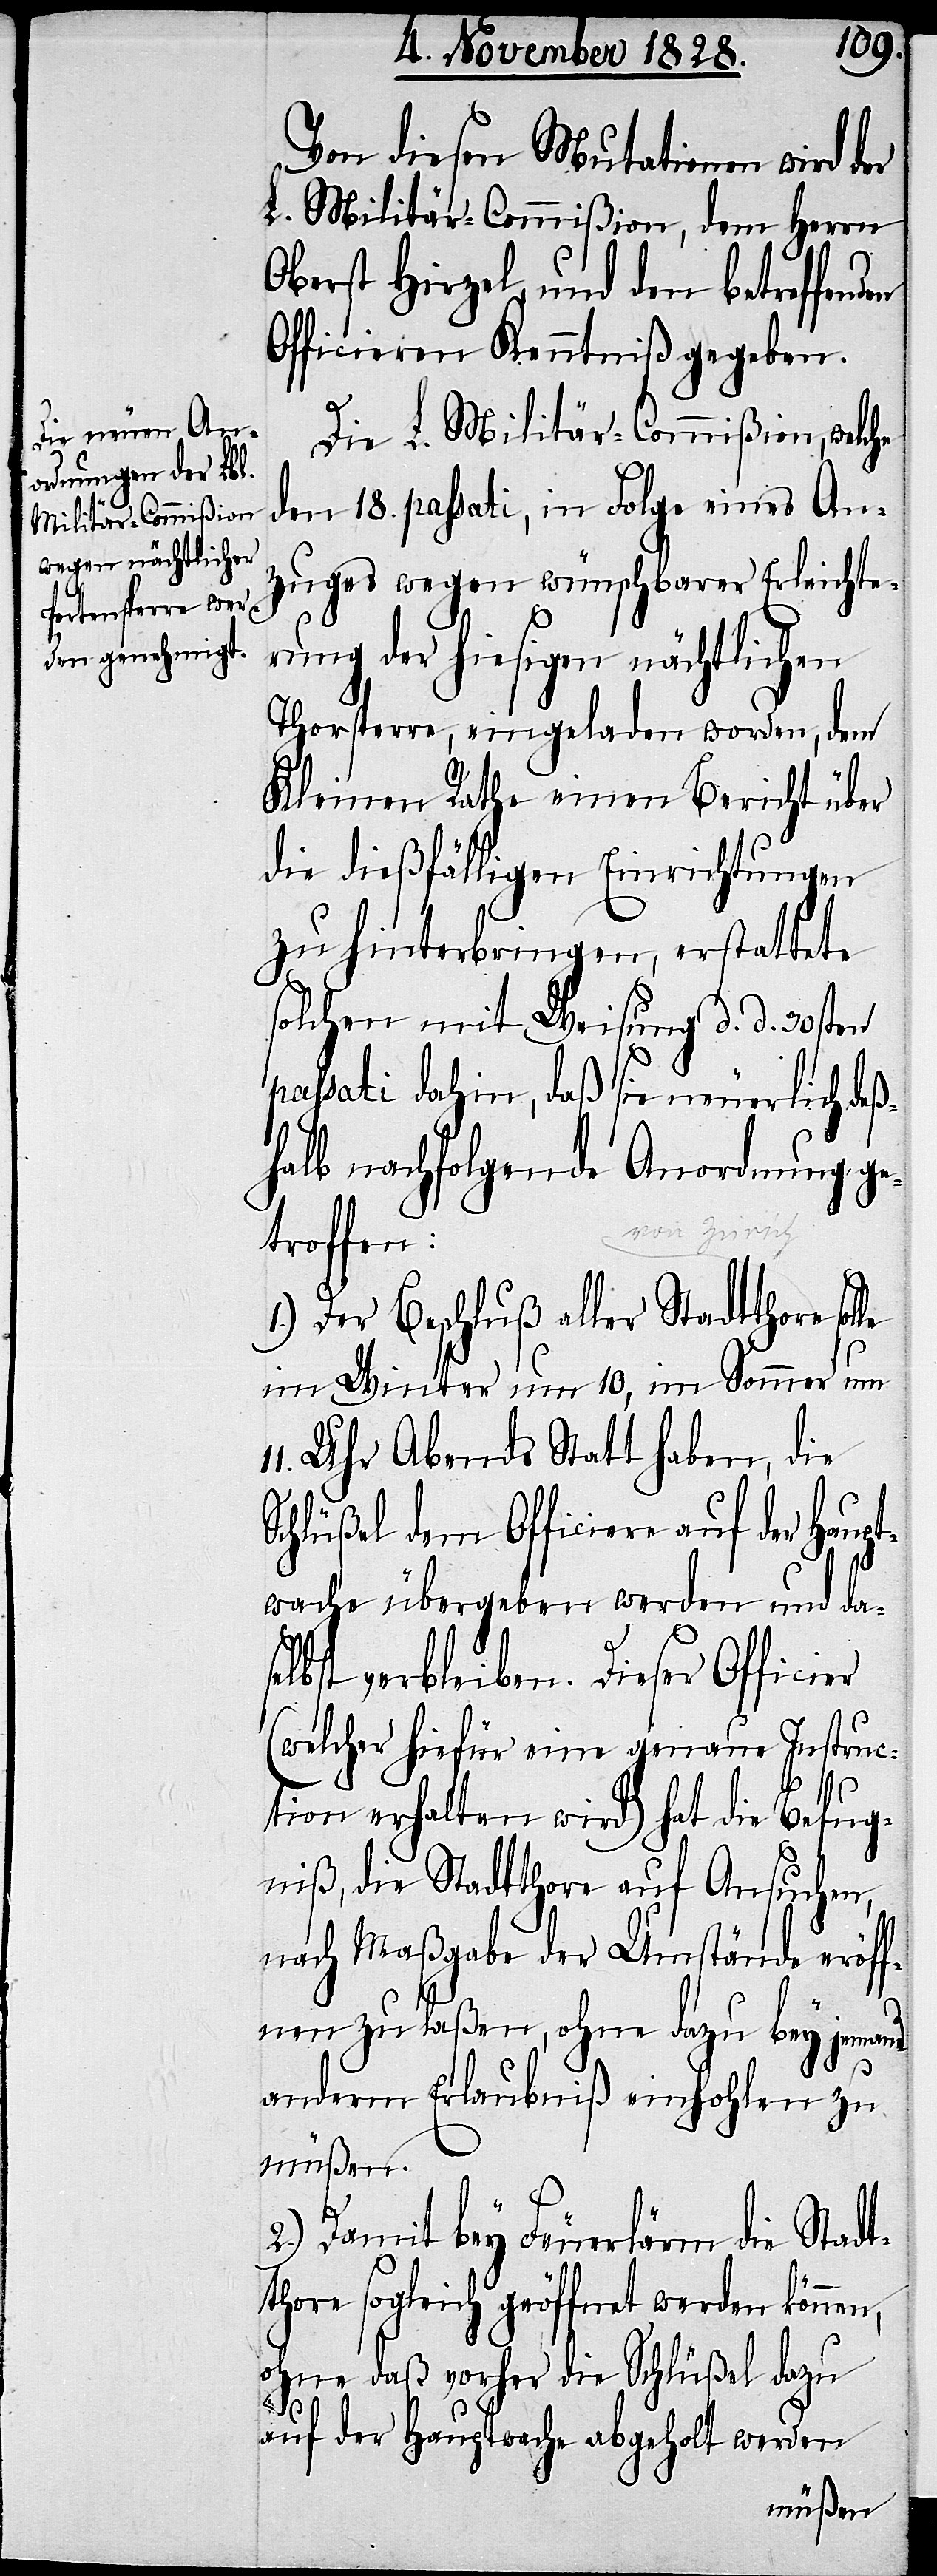
n,
Von diesen Mutationen wird der
L. Militär-Commißion, dem Herrn
Oberst Hirzel, und den betreffenden
Officieren Kenntniß gegeben.
Die L. Militär-Commißion, welche
den 18. passati, in Folge eines An¬
zuges wegen wünschbarer Erleichte¬
rung der hiesigen nächtlichen
Thorsperre, eingeladen worden, dem
Kleinen Rathe einen Bericht über
die dießfälligen Einrichtungen
zu hinterbringen, erstattete
solchen mit Weisung d. d. 30sten
passati dahin, daß sie neuerlich deß¬
halb nachfolgende Anordnung ge¬
troffen:
1.) Der Beschluß aller Stadtthore
im Winter um 10, im Sommer um
Uhr Abends Statt haben, die
Schlüßel dem Officiere auf der Haupt¬
wache übergeben werden und das¬
elbst verbleiben. Dieser Offici¬
(welcher hiefür eine genaue Instruc¬
tion erhalten wird) hat die Befug¬
niß, die Stadtthore auf Ansuchen,
nach Maßgabe der Umstände eröff¬
nen zu laßen, ohne dazu bey jemand
anderm Erlaubniß einhohlen zu
müßen.
2.) Damit bey Feuerlärm die Stadt¬
thore sogleich geöffnet werden könne¬
ohne daß vorher die Schlüßel dazu
er
auf der Hauptwache abgeholt werden